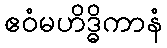
ဧဝံမဟိဒ္ဓိကာနံ